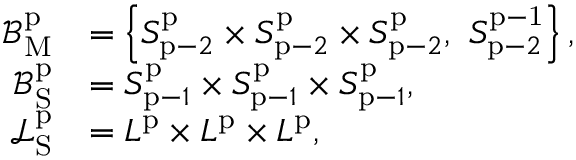
\begin{array} { r l } { \mathcal { B } _ { \mathrm { M } } ^ { \mathrm { p } } } & { = \left\{ S _ { \mathrm { p } - 2 } ^ { \mathrm { p } } \times S _ { \mathrm { p } - 2 } ^ { \mathrm { p } } \times S _ { \mathrm { p } - 2 } ^ { \mathrm { p } } , \ S _ { \mathrm { p } - 2 } ^ { \mathrm { p - 1 } } \right\} , } \\ { \mathcal { B } _ { \mathrm { S } } ^ { \mathrm { p } } } & { = S _ { \mathrm { p } - 1 } ^ { \mathrm { p } } \times S _ { \mathrm { p } - 1 } ^ { \mathrm { p } } \times S _ { \mathrm { p } - 1 } ^ { \mathrm { p } } , } \\ { \mathcal { L } _ { \mathrm { S } } ^ { \mathrm { p } } } & { = L ^ { \mathrm { p } } \times L ^ { \mathrm { p } } \times L ^ { \mathrm { p } } , } \end{array}